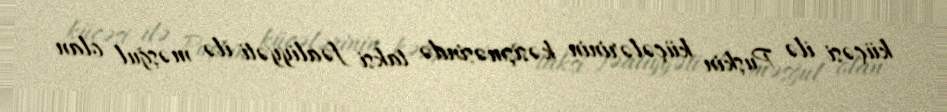
küçəsi ilə Puşkin küçələrinin kəsişməsində taksi fəaliyyəti ilə məşğul olan